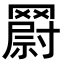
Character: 𮊘